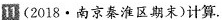
(2018.南京秦淮区期末)计算